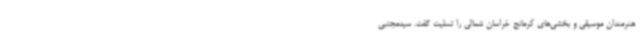
هنرمندان موسیقی و بخشی‌های کرمانج خراسان شمالی را تسلیت گفت. سیدمجتبی